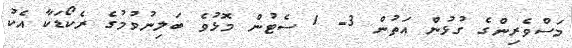
މަސްވެރިންގެ ގުޅުން އަތުން 3- 1 ސެޓުން މޮޅުވެ ބަލިނުވުމުގެ ރެކޯޑަކާ އެކު